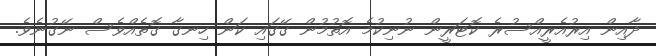
ދާއިން އިރުއެރީއްސުރެ ކޮޓަރީން ނުނިކުމެ އޮތުމުން ގޭގައި ކަން ހިނގާ ގޮތެއްވެސް ނޭގުނެވެ.